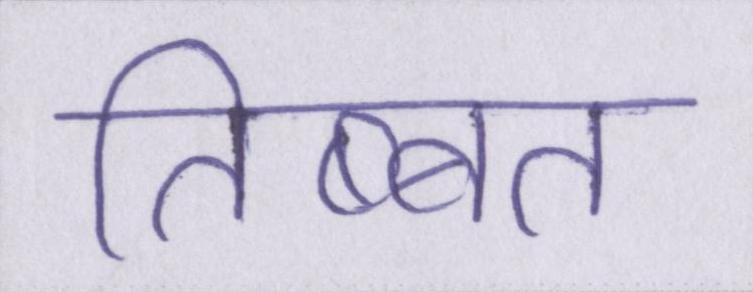
तिब्बत